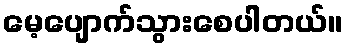
မေ့ပျောက်သွားစေပါတယ်။